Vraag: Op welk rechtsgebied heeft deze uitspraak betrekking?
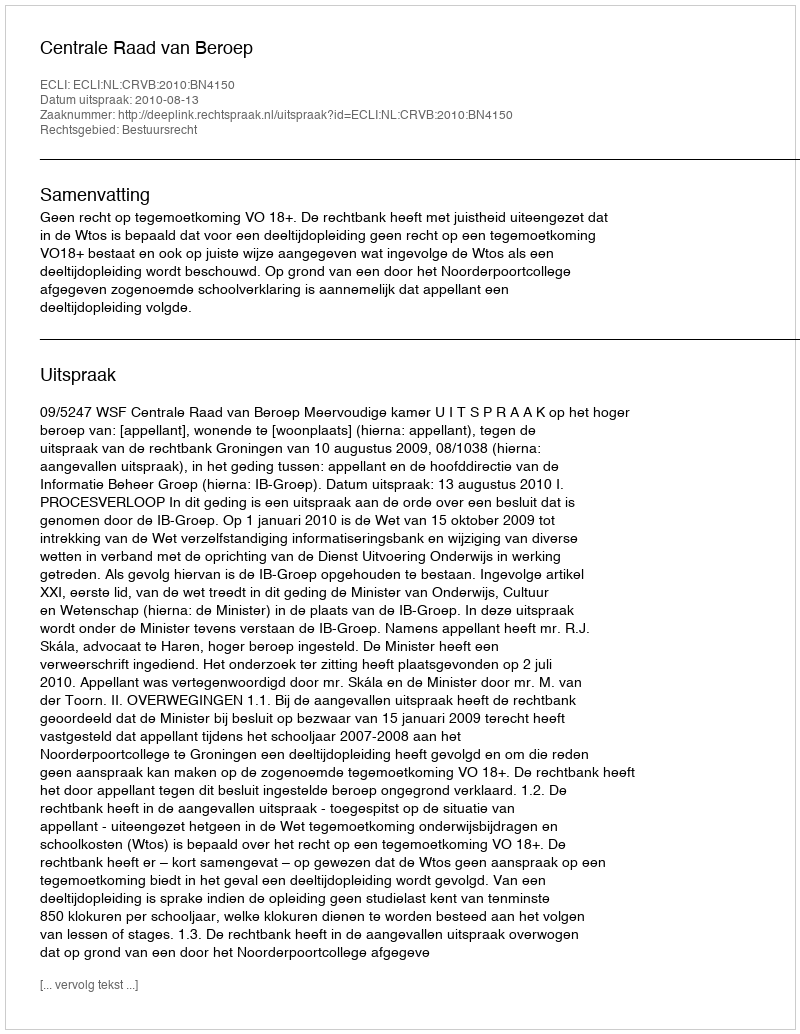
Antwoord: Bestuursrecht